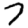
Digit: 7